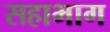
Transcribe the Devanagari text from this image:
सहाभाग